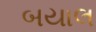
બયાલ